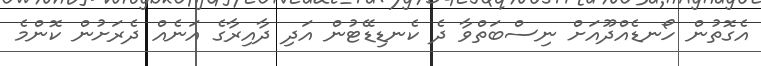
އެގޮތުން ހޯނޑެއްދޫއަށް ނިސްބަތްވާ ދެ ކެނޑިޑޭޓުން އަދި ދާއިރާގެ އަނެއް ދެރަށުން ކޮންމެ